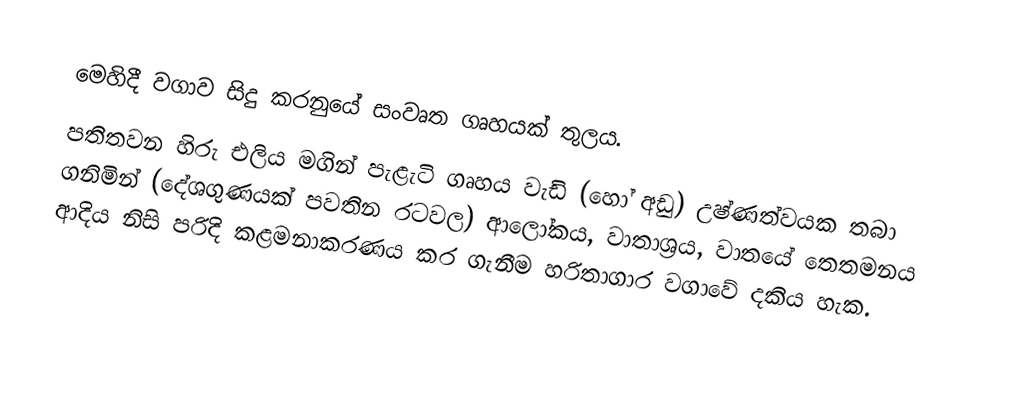
මෙහිදී වගාව සිදු කරනුයේ සංවෘත ගෘහයක් තුලය.
පතිතවන හිරු එලිය මගින් පැළැටි ගෘහය වැඩි (හෝ අඩු) උෂ්ණත්වයක තබා ගනිමින් (දේශගුණයක් පවතින රටවල) ආලෝකය, වාතාශ්‍රය, වාතයේ තෙතමනය ආදිය නිසි පරිදි කළමනාකරණය කර ගැනීම හරිතාගාර වගාවේ දකිය හැක.